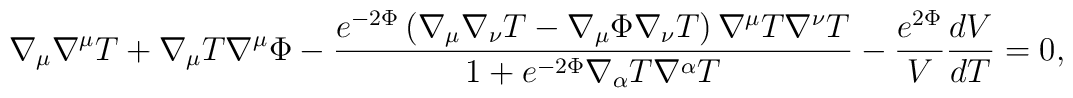
\nabla_\mu\nabla^\mu T+\nabla_\mu T\nabla^\mu\Phi-\frac{e^{-2\Phi}\left(\nabla_\mu\nabla_\nu T-\nabla_\mu\Phi\nabla_\nu T\right)\nabla^\mu T\nabla^\nu T}{1+e^{-2\Phi}\nabla_\alpha T\nabla^\alpha T}-\frac{e^{2\Phi}}{V}\frac{dV}{dT}=0,